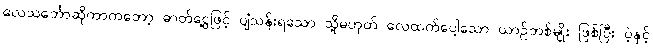
လေသင်္ဘောဆိုတာကတော့ ဓာတ်ငွေ့ဖြင့် ပျံသန်းရသော သို့မဟုတ် လေထက်ပေါ့သော ယာဉ်တစ်မျိုး ဖြစ်ပြီး ပဲ့နှင့်